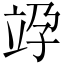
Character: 𥩯